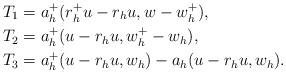
LaTeX: \begin{align*}T_1 &= a_h^+(r_h^+ u - r_h u, w - w_h^+), \\T_2 &= a_h^+(u - r_h u, w_h^+ - w_h), \\T_3 &= a_h^+(u - r_h u, w_h) - a_h(u-r_h u, w_h).\end{align*}